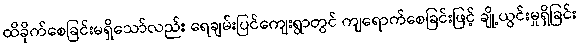
ထိခိုက်စေခြင်းမရှိသော်လည်း ရေချမ်းပြင်ကျေးရွာတွင် ကျရောက်စေခြင်းဖြင့် ချို့ယွင်းမှုရှိခြင်း